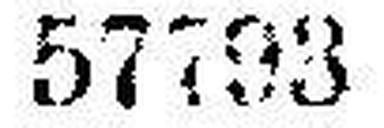
57793